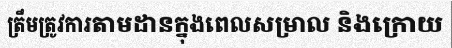
ត្រឹមត្រូវការតាមដានក្នុងពេលសម្រាល និងក្រោយ